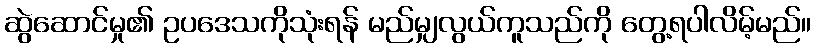
ဆွဲဆောင်မှု၏ ဥပဒေသကိုသုံးရန် မည်မျှလွယ်ကူသည်ကို တွေ့ရပါလိမ့်မည်။